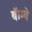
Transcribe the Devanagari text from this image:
बॅाम्बे